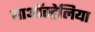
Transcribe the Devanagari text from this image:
याऑस्ट्रेलिया